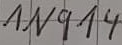
Text: 1N914